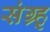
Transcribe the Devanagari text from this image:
संग्र्ह्